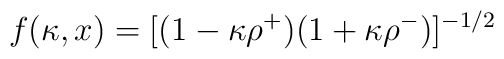
f (\kappa, x) = [(1 - \kappa \rho^+) (1 + \kappa\rho^-)]^{-1/2}